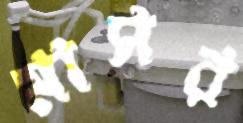
মাসর